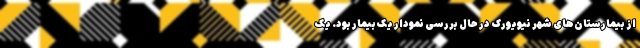
از بیمارستان‌های شهر نیویورک در حال بررسی نمودار یک بیمار بود. یک